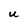
Character: U